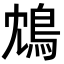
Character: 鴆